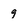
Character: 9